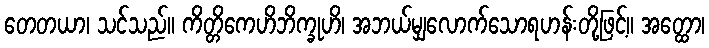
တေတယာ၊ သင်သည်။ ကိတ္တိကေဟိဘိက္ခုဟိ၊ အဘယ်မျှလောက်သောရဟန်းတို့ဖြင့်။ အတ္ထော၊